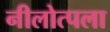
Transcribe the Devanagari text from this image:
नीलोत्पला